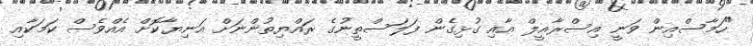
"ހަމާސްއިން ވަނީ އިސްރާއީލް އާއި ގުޅިގެން ފަލަސްތީނުގެ ރައްޔިތުންނަށް އަނިޔާކޮށް އެއްވެސް ކަމަކާއި